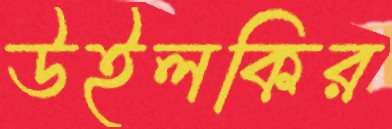
উইলকির